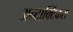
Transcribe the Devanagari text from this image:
अन्टार्क्टिकस